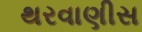
થરવાણીસ